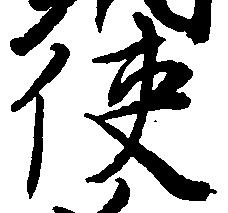
使